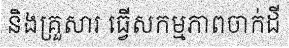
និងគ្រួសារ ធ្វើសកម្មភាពចាក់ដី